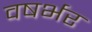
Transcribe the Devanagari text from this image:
वषर्भर